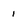
Character: i